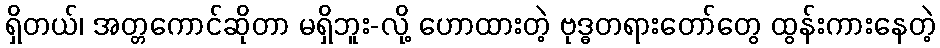
ရှိတယ်၊ အတ္တကောင်ဆိုတာ မရှိဘူး-လို့ ဟောထားတဲ့ ဗုဒ္ဓတရားတော်တွေ ထွန်းကားနေတဲ့